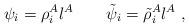
LaTeX: \begin{align*}\psi_i=\rho_i^A\l^A \qquad {\tilde \psi}_i={\tilde \rho}_i^A\l^A\ ,\end{align*}